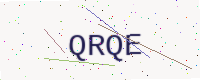
Text: QRQE